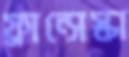
ফ্রান্সেস্কা